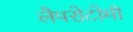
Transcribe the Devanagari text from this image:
लैपरोटोमी